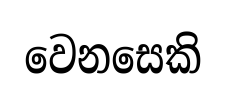
වෙනසෙකි